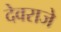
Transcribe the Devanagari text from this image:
देवराजे